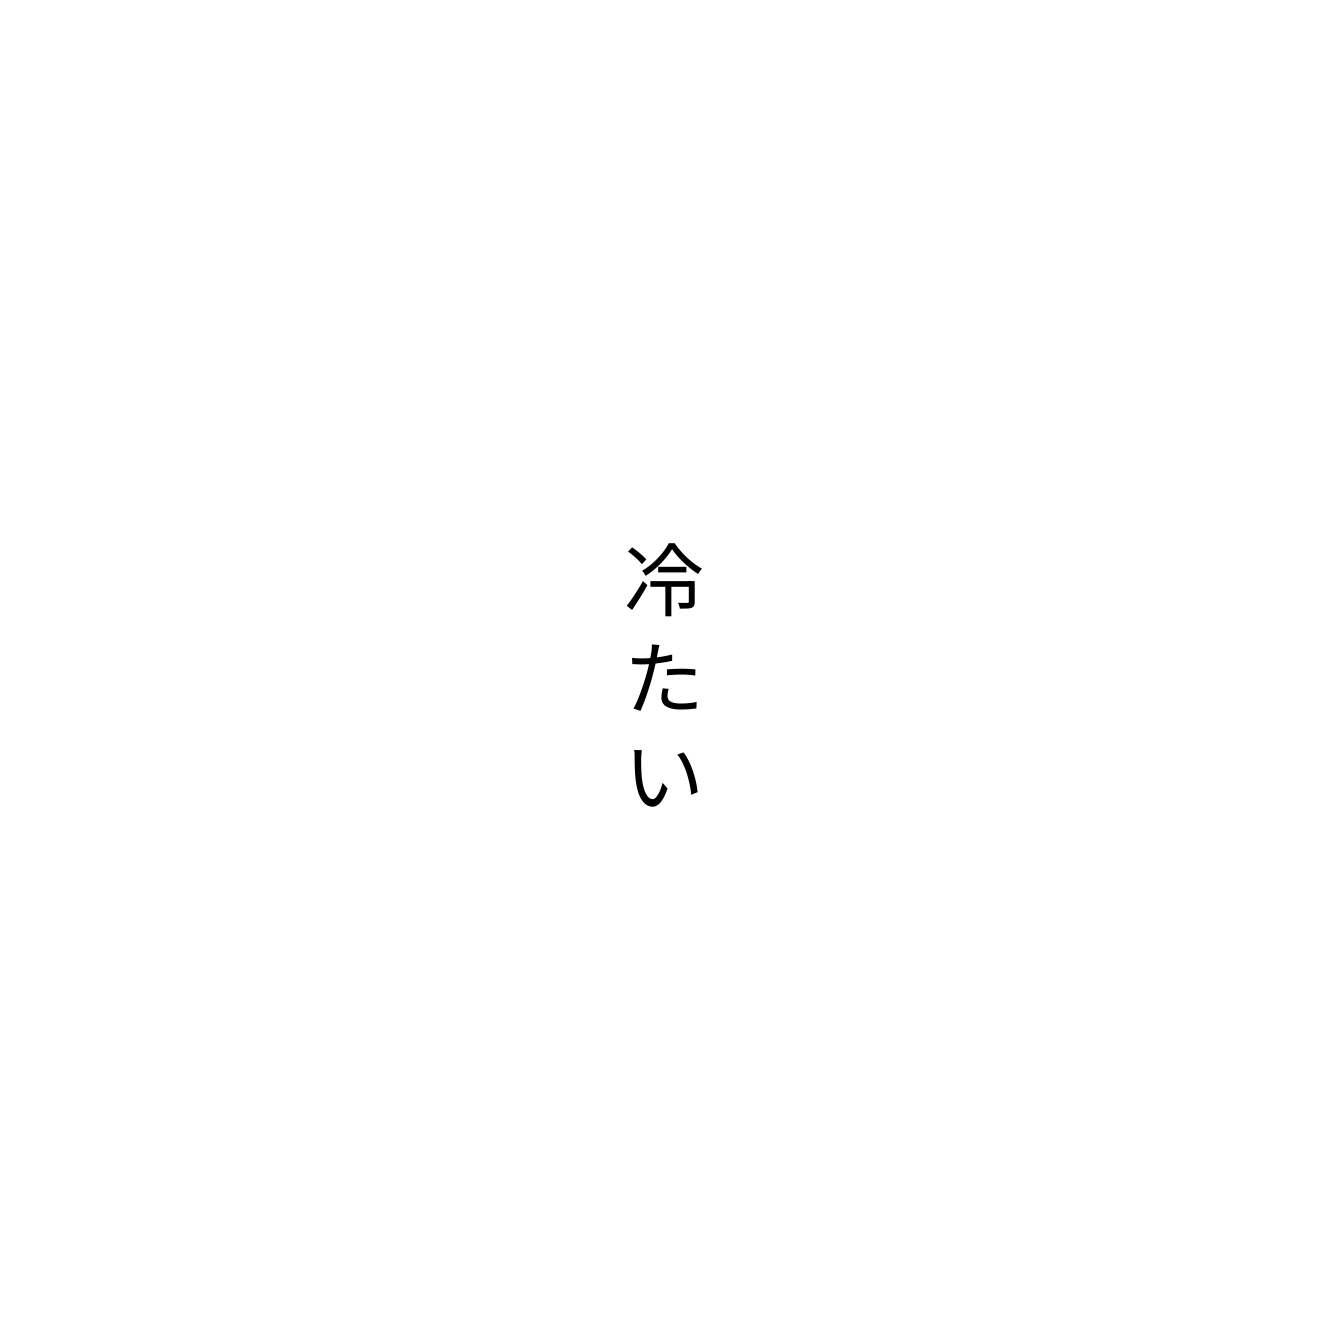
冷たい